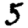
Digit: 5